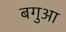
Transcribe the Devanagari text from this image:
बगुआ